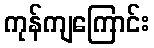
ကုန်ကျကြောင်း